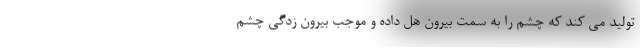
تولید می کند که چشم را به سمت بیرون هل داده و موجب بیرون زدگی چشم